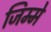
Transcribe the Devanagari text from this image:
जिम्‍मे